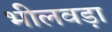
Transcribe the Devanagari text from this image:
भीलवड़ा